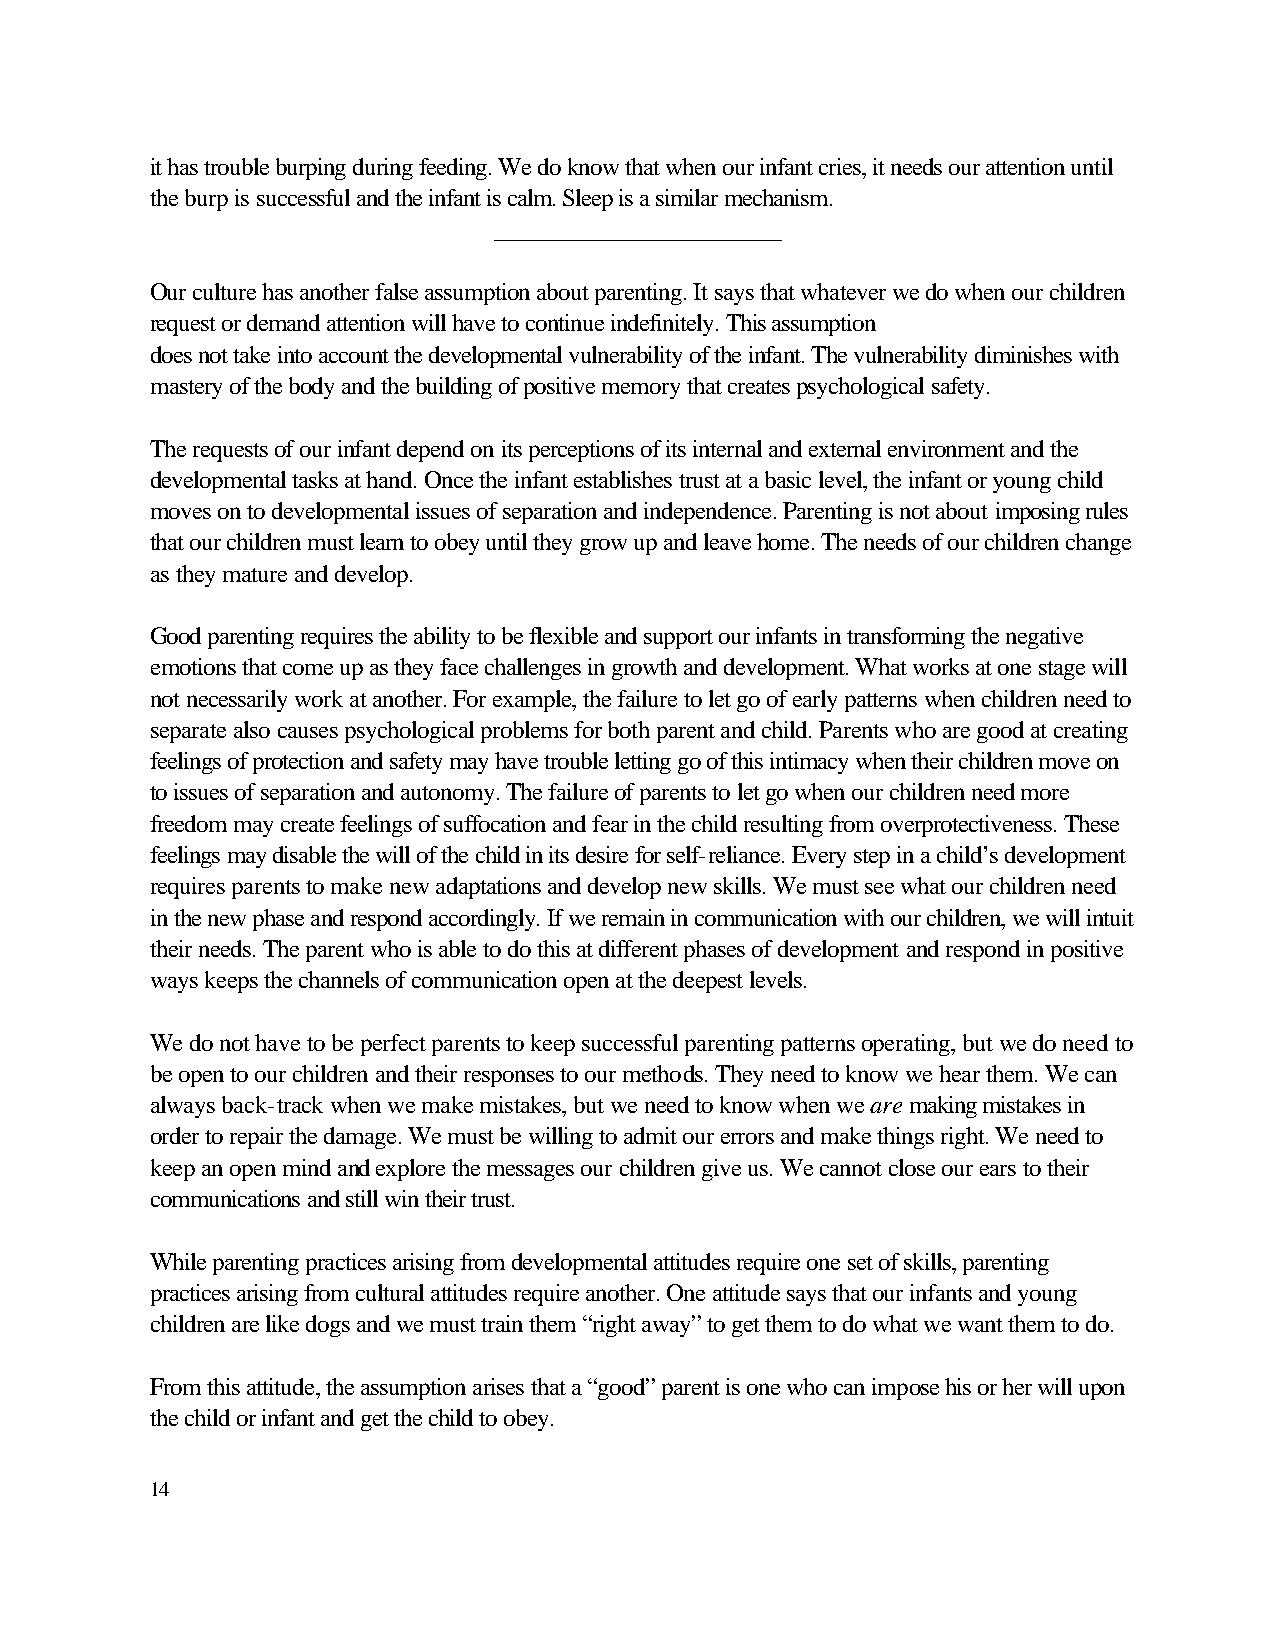
it has trouble burping during feeding. We do know that when our infant cries, it needs our attention until
 the burp is successful and the infant is calm. Sleep is a similar mechanism.
 _______________________
 Our culture has another false assumption about parenting. It says that whatever we do when our children
 request or demand attention will have to continue indefinitely. This assumption
 does not take into account the developmental vulnerability of the infant. The vulnerability diminishes with
 mastery of the body and the building of positive memory that creates psychological safety.
 The requests of our infant depend on its perceptions of its internal and external environment and the
 developmental tasks at hand. Once the infant establishes trust at a basic level, the infant or young child
 moves on to developmental issues of separation and independence. Parenting is not about imposing rules
 that our children must learn to obey until they grow up and leave home. The needs of our children change
 as they mature and develop.
 Good parenting requires the ability to be flexible and support our infants in transforming the negative
 emotions that come up as they face challenges in growth and development. What works at one stage will
 not necessarily work at another. For example, the failure to let go of early patterns when children need to
 separate also causes psychological problems for both parent and child. Parents who are good at creating
 feelings of protection and safety may have trouble letting go of this intimacy when their children move on
 to issues of separation and autonomy. The failure of parents to let go when our children need more
 freedom may create feelings of suffocation and fear in the child resulting from overprotectiveness. These
 feelings may disable the will of the child in its desire for self-reliance. Every step in a child’s development
 requires parents to make new adaptations and develop new skills. We must see what our children need
 in the new phase and respond accordingly. If we remain in communication with our children, we will intuit
 their needs. The parent who is able to do this at different phases of development and respond in positive
 ways keeps the channels of communication open at the deepest levels.
 We do not have to be perfect parents to keep successful parenting patterns operating, but we do need to
 be open to our children and their responses to our methods. They need to know we hear them. We can
 always back-track when we make mistakes, but we need to know when we are making mistakes in
 order to repair the damage. We must be willing to admit our errors and make things right. We need to
 keep an open mind and explore the messages our children give us. We cannot close our ears to their
 communications and still win their trust.
 While parenting practices arising from developmental attitudes require one set of skills, parenting
 practices arising from cultural attitudes require another. One attitude says that our infants and young
 children are like dogs and we must train them “right away” to get them to do what we want them to do.
 From this attitude, the assumption arises that a “good” parent is one who can impose his or her will upon
 the child or infant and get the child to obey.
 14